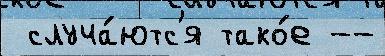
 случа́ютс'я тако́е --